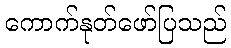
ကောက်နုတ်ဖော်ပြသည်